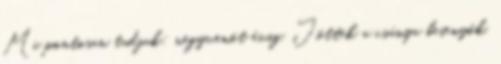
Mi pontosan tudjuk: negyvenöt évig. Jöttek a csúnya besenyők,